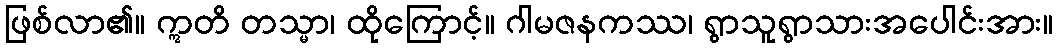
ဖြစ်လာ၏။ ဣတိ တသ္မာ၊ ထိုကြောင့်။ ဂါမဇနကဿ၊ ရွာသူရွာသားအပေါင်းအား။